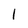
Character: l